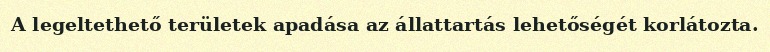
A legeltethető területek apadása az állattartás lehetőségét korlátozta.